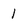
Character: 1